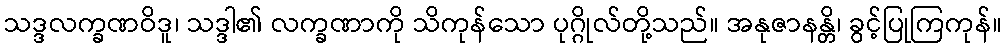
သဒ္ဒလက္ခဏဝိဒူ၊ သဒ္ဒါ၏ လက္ခဏာကို သိကုန်သော ပုဂ္ဂိုလ်တို့သည်။ အနုဇာနန္တိ၊ ခွင့်ပြုကြကုန်။